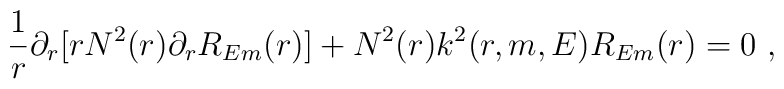
\frac{1}{r} \partial_r [ r N^2(r) \partial_r R_{Em}(r)] +N^2(r) k^2 (r,m,E) R_{Em}(r) = 0~,